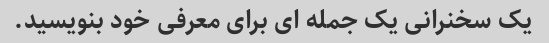
یک سخنرانی یک جمله ای برای معرفی خود بنویسید.